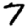
Digit: 7